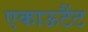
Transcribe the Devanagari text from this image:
एकाऊटैंट